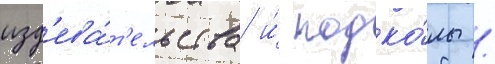
изд'ева́т'ельства и́ подко́лы /